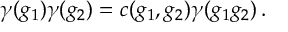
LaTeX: \gamma ( g _ { 1 } ) \gamma ( g _ { 2 } ) = c ( g _ { 1 } , g _ { 2 } ) \gamma ( g _ { 1 } g _ { 2 } ) \, .